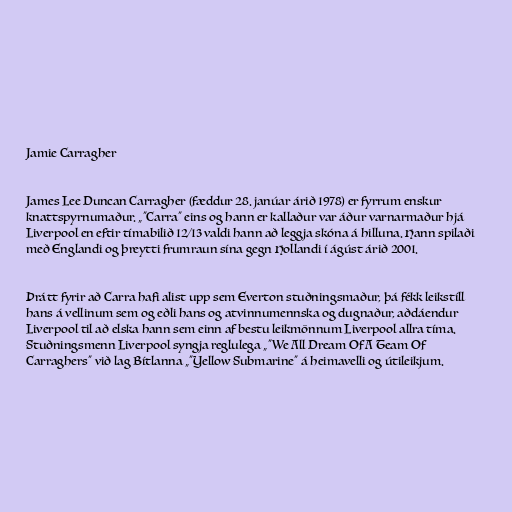
Jamie Carragher

James Lee Duncan Carragher (fæddur 28. janúar árið 1978) er fyrrum enskur
knattspyrnumaður. „"Carra" eins og hann er kallaður var áður varnarmaður hjá
Liverpool en eftir tímabilið 12/13 valdi hann að leggja skóna á hilluna. Hann spilaði
með Englandi og þreytti frumraun sína gegn Hollandi í ágúst árið 2001.

Þrátt fyrir að Carra hafi alist upp sem Everton stuðningsmaður, þá fékk leikstíll
hans á vellinum sem og eðli hans og atvinnumennska og dugnaður, aðdáendur
Liverpool til að elska hann sem einn af bestu leikmönnum Liverpool allra tíma.
Stuðningsmenn Liverpool syngja reglulega „"We All Dream Of A Team Of
Carraghers" við lag Bítlanna „"Yellow Submarine" á heimavelli og útileikjum.